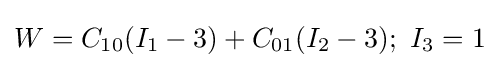
W=C_{10}(I_{1}-3)+C_{01}(I_{2}-3);~I_{3}=1